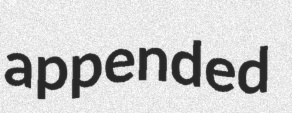
appended